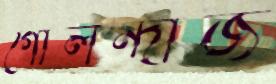
গোলন্দাজ